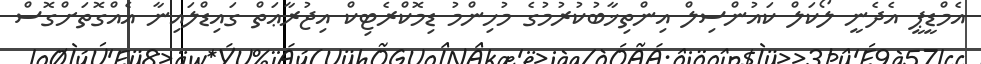
އެމްޑީޕީ އެދެނީ ލޯކަލް ކައުންސިލް އިންތިޚާބުކުރުމުގެ މުހިންމު ޑިމޮކްރެޓިކް އިޖުރާޢަތް ގައިޑްލައިނާ އެއްގޮތަށްގޮސް